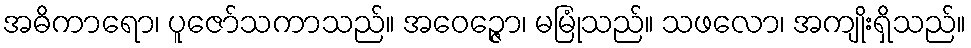
အဓိကာရော၊ ပူဇော်သကာသည်။ အဝေဉ္ဇော၊ မမြုံသည်။ သဖလော၊ အကျိုးရှိသည်။